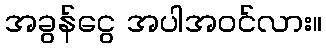
အခွန်ငွေ အပါအဝင်လား။